Indian journal of veterinary science and animal husbandry - Volumes 15-17, 1948-1951
Year: 1948
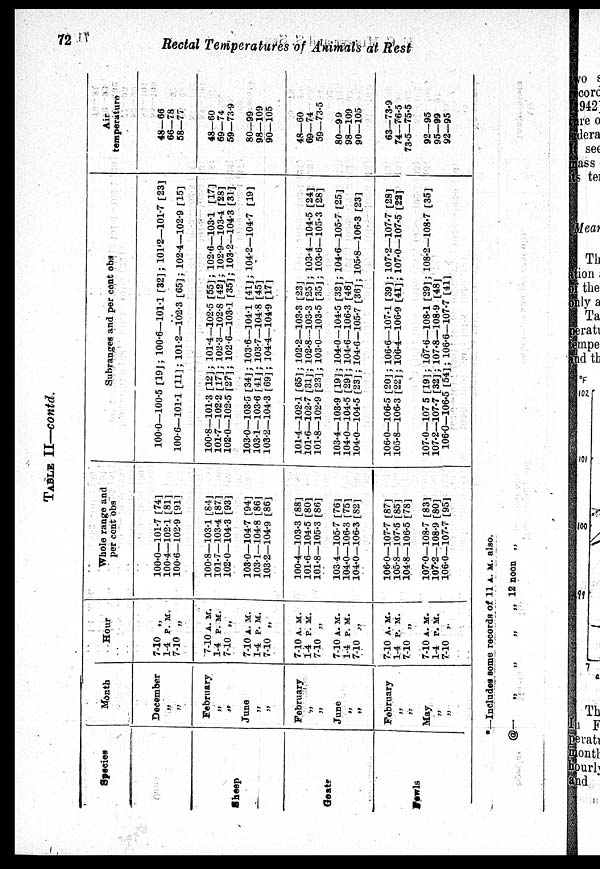
72
Rectal Temperatures of Animals at Rest
TABLE II—contd.
Species
Sheep
Goats
Fowls
Month
December
„
„
February
„
„
June
„
„
February
„
„
June
„
„
February
„
„
May
„
„
Hour
7-10 „
1-4 P. M.
7-10 „
7-10 A. M.
1-4 P. M.
7-10 „
7-10 A. M.
1-4 P. M.
7-10 „
7-10 A. M.
14 P. M.
7-10 „
7-10 A. M.
1-4 P. M.
7-10 „
7-10 A. M.
1-4 P. M.
7-10 „
7-10 A. M.
1-4 P. M.
7-10 „
Whole range and
per cent obs
100.0—101.7 [74]
100.4—102.1 [81]
100.6—102.9 [91]
100.8—103.1 [84]
101.7—103.4 [87]
102.0—104.3 [93]
103.0—104.7 [94]
103.1—104.8 [86]
103.2—104.9 [86]
100.4—103.3 [88]
101.6—104.5 [80]
101.8—105.3 [86]
103.4—105.7 [76]
104.0—106.3 [75]
104.0—106.3 [82]
106.0—107.7 [87]
105.8—107.5 [85]
104.8—106.5 [78]
107.0—108.7 [83]
107.2—108.9 [80]
106.0—107.7 [95]
Subranges and per cent obs
100.0—100.5 [19]; 100.6—101.1 [32]; 101.2—101.7 [23]
..
100.6—101.1 [11]; 101.2—102.3 [65]; 102.4—102.9 [15]
100.8—101.3 [12]; 101.4—102.5 [55]; 102.6—103.1 [17]
101.7—102.2 [17]; 102.3—102.8 [42]; 102.9—103.4 [28]
102.0—102.5 [27]; 102.6—103.1 [35]; 103.2—104.3 [31]
103.0—103.5 [34]; 103.6—104.1 [41]; 104.2—104.7 [19]
103.1—103.6 [41]; 103.7—104.8 [45]
103.2—104.3 [69]; 104.4—104.9 [17]
101.4—102.1 [65]; 102.2—103.3 [23]
101.6—102.7 [31]; 102.8—103.3 [25]; 103.4—104.5 [24]
101.8—102.9 [23]; 103.0—103.5 [35]; 103.6—105.3 [28]
103.4—103.9 [19]; 104.0—104.5 [32]; 104.6—105.7 [25]
104.0—104.5 [29]; 104.6—106.3 [46]
104.0—104.5 [23]; 104.6—105.7 [36]; 105.8—106.3 [23]
106.0—106.5 [20]; 106.6—107.1 [39]; 107.2—107.7 [28]
105.8—106.3 [22]; 106.4—106.9 [41]; 107.0—107.5 [22]
107.0—107.5 [19]; 107.6—108.1 [29]; 108.2—108.7 [35]
107.2—107.7 [32]; 107.8—108.9 [48]
106.0—106.5 [54]; 106.6—107.7 [41]
Air
temperature
48—66
66—78
58—77
48—60
69—74
59—73.9
80—99
98—109
90—105
48—60
69—74
59—73.5
80—99
98—109
90—105
63—73.9
74—76.5
73.5—75.5
92—95
95—99
92—95
*—Includes some records of 11 A. M. also.
@—
„
„
„ „ 12 noon „